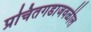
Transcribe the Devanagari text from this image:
प्रचितगडाजवळील